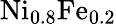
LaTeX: \mathrm{Ni_{0.8}Fe_{0.2}}